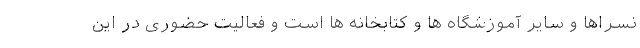
نسراها و سایر آموزشگاه ها و کتابخانه ها است و فعالیت حضوری در این